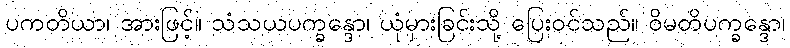
ပကတိယာ၊ အားဖြင့်။ သံသယပက္ခန္ဒော၊ ယုံမှားခြင်းသို့ ပြေးဝင်သည်။ ဝိမတိပက္ခန္ဒော၊